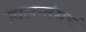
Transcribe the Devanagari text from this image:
ज्वलन्तंमचं